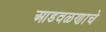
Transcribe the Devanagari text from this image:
आडवळणाचे